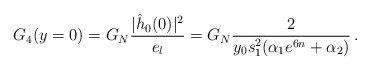
\begin{align*}G_4(y=0) = G_N {|\hat{h}_0(0)|^2 \over e_l} = G_N {2 \over y_0s_1^2 (\alpha_1e^{6n} + \alpha_2)}\,.\end{align*}